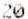
20